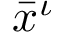
{ \bar { x } } ^ { \iota }